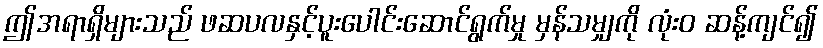
ဤအရာရှိများသည် ဖဆပလနှင့်ပူးပေါင်းဆောင်ရွက်မှု မှန်သမျှကို လုံးဝ ဆန့်ကျင်၍